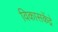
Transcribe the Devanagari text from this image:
विकासकेंद्रे